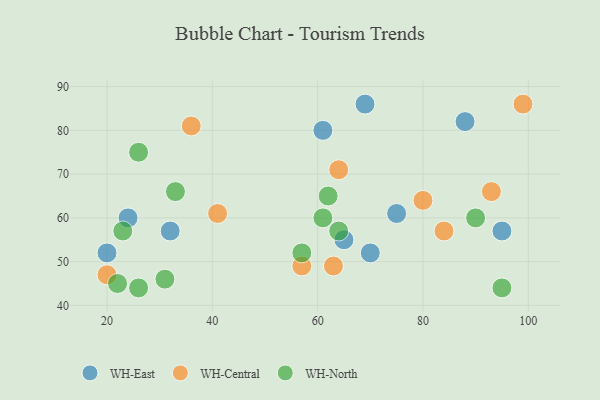
{"axis": {"x": "GDP", "y": "Life Expectancy"}, "legend": ["WH-Central", "WH-East", "WH-North"], "data": [{"x": "70", "y": 52, "type": "WH-East"}, {"x": "95", "y": 57, "type": "WH-East"}, {"x": "61", "y": 80, "type": "WH-East"}, {"x": "24", "y": 60, "type": "WH-East"}, {"x": "75", "y": 61, "type": "WH-East"}, {"x": "20", "y": 52, "type": "WH-East"}, {"x": "32", "y": 57, "type": "WH-East"}, {"x": "65", "y": 55, "type": "WH-East"}, {"x": "69", "y": 86, "type": "WH-East"}, {"x": "88", "y": 82, "type": "WH-East"}, {"x": "99", "y": 86, "type": "WH-Central"}, {"x": "84", "y": 57, "type": "WH-Central"}, {"x": "80", "y": 64, "type": "WH-Central"}, {"x": "20", "y": 47, "type": "WH-Central"}, {"x": "36", "y": 81, "type": "WH-Central"}, {"x": "63", "y": 49, "type": "WH-Central"}, {"x": "57", "y": 49, "type": "WH-Central"}, {"x": "93", "y": 66, "type": "WH-Central"}, {"x": "64", "y": 71, "type": "WH-Central"}, {"x": "41", "y": 61, "type": "WH-Central"}, {"x": "61", "y": 60, "type": "WH-North"}, {"x": "22", "y": 45, "type": "WH-North"}, {"x": "33", "y": 66, "type": "WH-North"}, {"x": "26", "y": 75, "type": "WH-North"}, {"x": "57", "y": 52, "type": "WH-North"}, {"x": "31", "y": 46, "type": "WH-North"}, {"x": "90", "y": 60, "type": "WH-North"}, {"x": "62", "y": 65, "type": "WH-North"}, {"x": "64", "y": 57, "type": "WH-North"}, {"x": "23", "y": 57, "type": "WH-North"}, {"x": "26", "y": 44, "type": "WH-North"}, {"x": "95", "y": 44, "type": "WH-North"}]}